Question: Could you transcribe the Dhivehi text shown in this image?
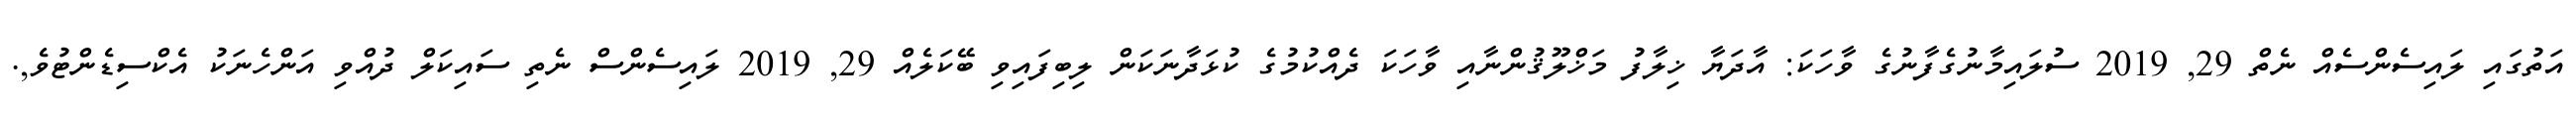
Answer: އަތުގައި ލައިސެންސެއް ނެތް 29, 2019 ސުލައިމާނުގެފާނުގެ ވާހަކަ: އާދަޔާ ޚިލާފު މަޚްލޫޤުންނާއި ވާހަކަ ދެއްކުމުގެ ކުޅަދާނަކަން ލިބިފައިވި ބޭކަލެއް 29, 2019 ލައިސެންސް ނެތި ސައިކަލް ދުއްވި އަންހެނަކު އެކްސިޑެންޓުވެ,.